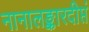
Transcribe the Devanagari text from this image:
नानालङ्कारदीप्तं